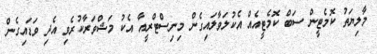
މާލިޔަތު ކޮމެޓީން ސަބް ކޮމެޓީއެއް އެކުލަވާލައިގެން މިނިސްޓްރީއާ އެކު މަޝްވަރާކުރެވި އެދި ވަޑައިގެން